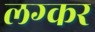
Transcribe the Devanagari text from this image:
लग्कर